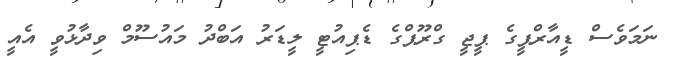
ނަމަވެސް ޑީއާރްޕީގެ ޕީޖީ ގްރޫޕްގެ ޑެޕިއުޓީ ލީޑަރު އަބްދު މައުސޫމް ވިދާޅުވީ އެއީ